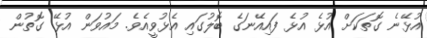
އުޅޭނެ ގޮތަކަށް އުޅެ އުޅެ ފައިއޭނަގެ ބޮލުގައި އެޅުވީއެވެ. މައުވަން އުޅޭ ގޮތުން